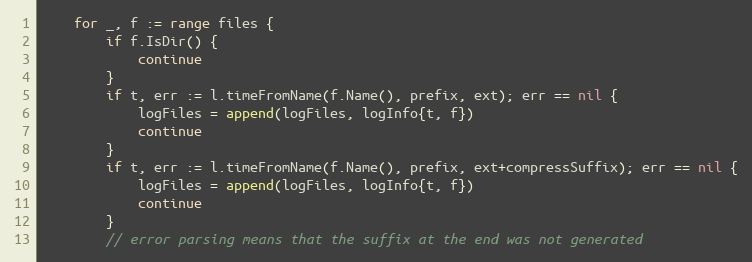
Language: Go
	for _, f := range files {
		if f.IsDir() {
			continue
		}
		if t, err := l.timeFromName(f.Name(), prefix, ext); err == nil {
			logFiles = append(logFiles, logInfo{t, f})
			continue
		}
		if t, err := l.timeFromName(f.Name(), prefix, ext+compressSuffix); err == nil {
			logFiles = append(logFiles, logInfo{t, f})
			continue
		}
		// error parsing means that the suffix at the end was not generated